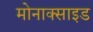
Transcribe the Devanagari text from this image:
मोनाक्साइड